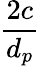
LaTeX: \frac{2c}{d_{p}}